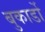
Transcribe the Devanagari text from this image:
बुकार्डो